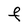
Character: F